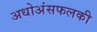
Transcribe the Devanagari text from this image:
अधोअंसफलकी